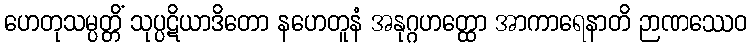
ဟေတုသမ္ပတ္တိံ သုပ္ပဋိယာဒိတော နဟေတူနံ အနုဂ္ဂဟတ္ထော အာကာရေနာတိ ဉာဏဿေဝ